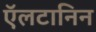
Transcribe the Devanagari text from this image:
ऍलटानिन